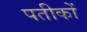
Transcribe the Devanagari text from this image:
पतीकों